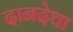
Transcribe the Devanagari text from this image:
दानदेथा